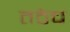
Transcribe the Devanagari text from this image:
तठेच